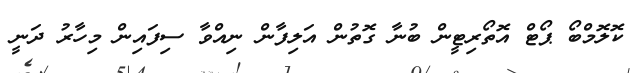
ކޮލޮމްބޯ ޕޯޓް އޮތޯރިޓީން ބުނާ ގޮތުން އަލިފާން ނިއްވާ ސިފައިން މިހާރު ދަނީ